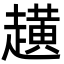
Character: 趪